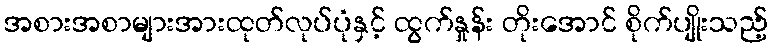
အစားအစာများအားထုတ်လုပ်ပုံနှင့် ထွက်နှုန်း တိုးအောင် စိုက်ပျိုးသည့်